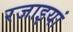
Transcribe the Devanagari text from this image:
रजाइयां